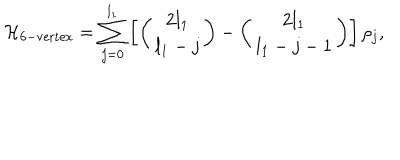
{ \cal H } _ { \mathrm { 6 - v e r t e x } } = \sum _ { j = 0 } ^ { l _ { 1 } } \left[ \left( \begin{array} { c } { { 2 l _ { 1 } } } \\ { { l _ { 1 } - j } } \\ \end{array} \right) - \left( \begin{array} { c } { { 2 l _ { 1 } } } \\ { { l _ { 1 } - j - 1 } } \\ \end{array} \right) \right] \rho _ { j } ,